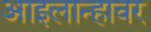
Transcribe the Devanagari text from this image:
आइलान्हावर